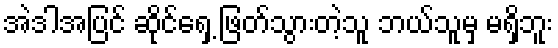
အဲဒါအပြင် ဆိုင်ရှေ့ ဖြတ်သွားတဲ့သူ ဘယ်သူမှ မရှိဘူး